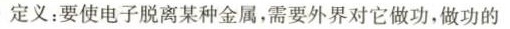
定义：要使电子脱离某种金属，需要外界对它做功，做功的